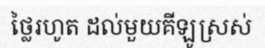
ថ្លៃរហូត ដល់មួយគីឡូស្រស់